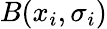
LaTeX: B(x_{i},\sigma_{i})